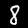
Label: 8